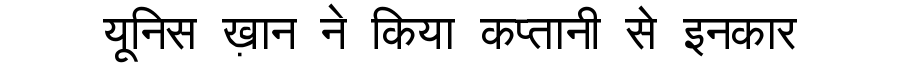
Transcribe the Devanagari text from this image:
यूनिस ख़ान ने किया कप्तानी से इनकार